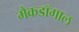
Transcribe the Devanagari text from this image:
मैकडॉगाल